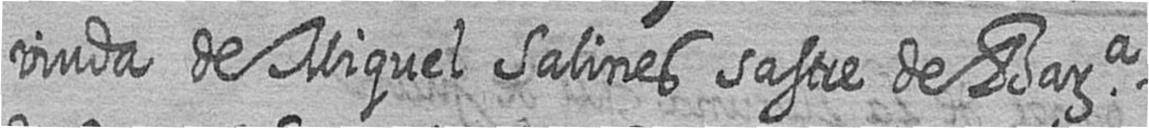
viuda de Miquel Salines sastre de Bara